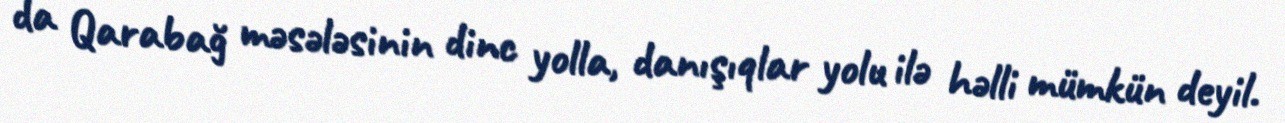
da Qarabağ məsələsinin dinc yolla, danışıqlar yolu ilə həlli mümkün deyil.